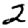
Digit: 2